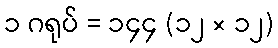
၁ ဂရုပ် = ၁၄၄ (၁၂ × ၁၂)